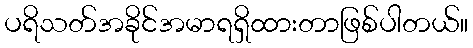
ပရိသတ်အခိုင်အမာရရှိထားတာဖြစ်ပါတယ်။